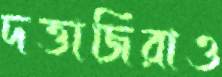
দত্তাজিরাও